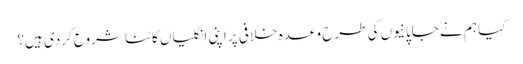
کیا ہم نے جاپانیوں کی طرح وعدہ خلافی پر اپنی انگلیاں کاٹنا شروع کردی ہیں؟